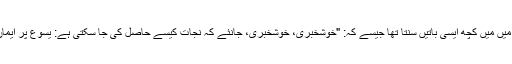
ماضی میں میَں کچھ ایسی باتیں سنتا تھا جیسے کہ: "خوشخبری، خوشخبری، جانئے کہ نجات کیسے حاصل کی جا سکتی ہے: یسوع پر ایمان لائیں۔